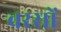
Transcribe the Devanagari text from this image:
वरसों